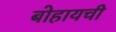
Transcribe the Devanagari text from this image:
बोहायची